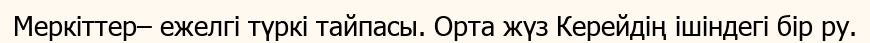
Меркіттер– ежелгі түркі тайпасы. Орта жүз Керейдің ішіндегі бір ру.